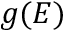
g ( E )